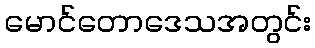
မောင်တောဒေသအတွင်း